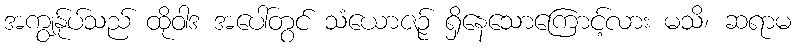
အကျွန်ုပ်သည် ထိုဝါဒ အပေါ်တွင် သံယောဇဉ် ရှိနေသောကြောင့်လား မသိ၊ ဆရာမ